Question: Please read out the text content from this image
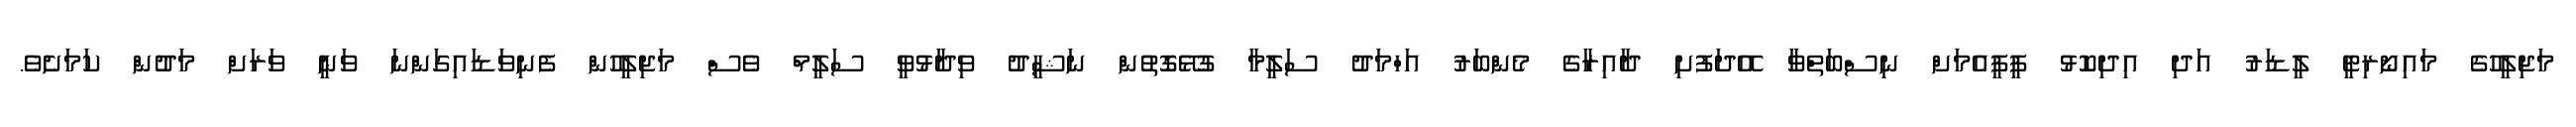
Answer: މަޖިލީހުގެ މައިނޯރިޓީ ލީޑަރު އަދި އިދިކޮޅު ޕީޕީއެމަށް ނިސްބަތްވާ އޭދަފުށި ދާއިރާގެ މެންބަރު އަހްމަދު ސަލީމާ ގުޅޭގޮތުން ނަޝީދު ވިދާޅުވީ ސަލީމް ވެސް މަޖިލީހުން ފެނިވަޑައިގަންނަ ވަނީ ވަރަށް މަދުން ކަމަށެވެ.